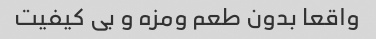
واقعا بدون طعم ومزه و بی کیفیت